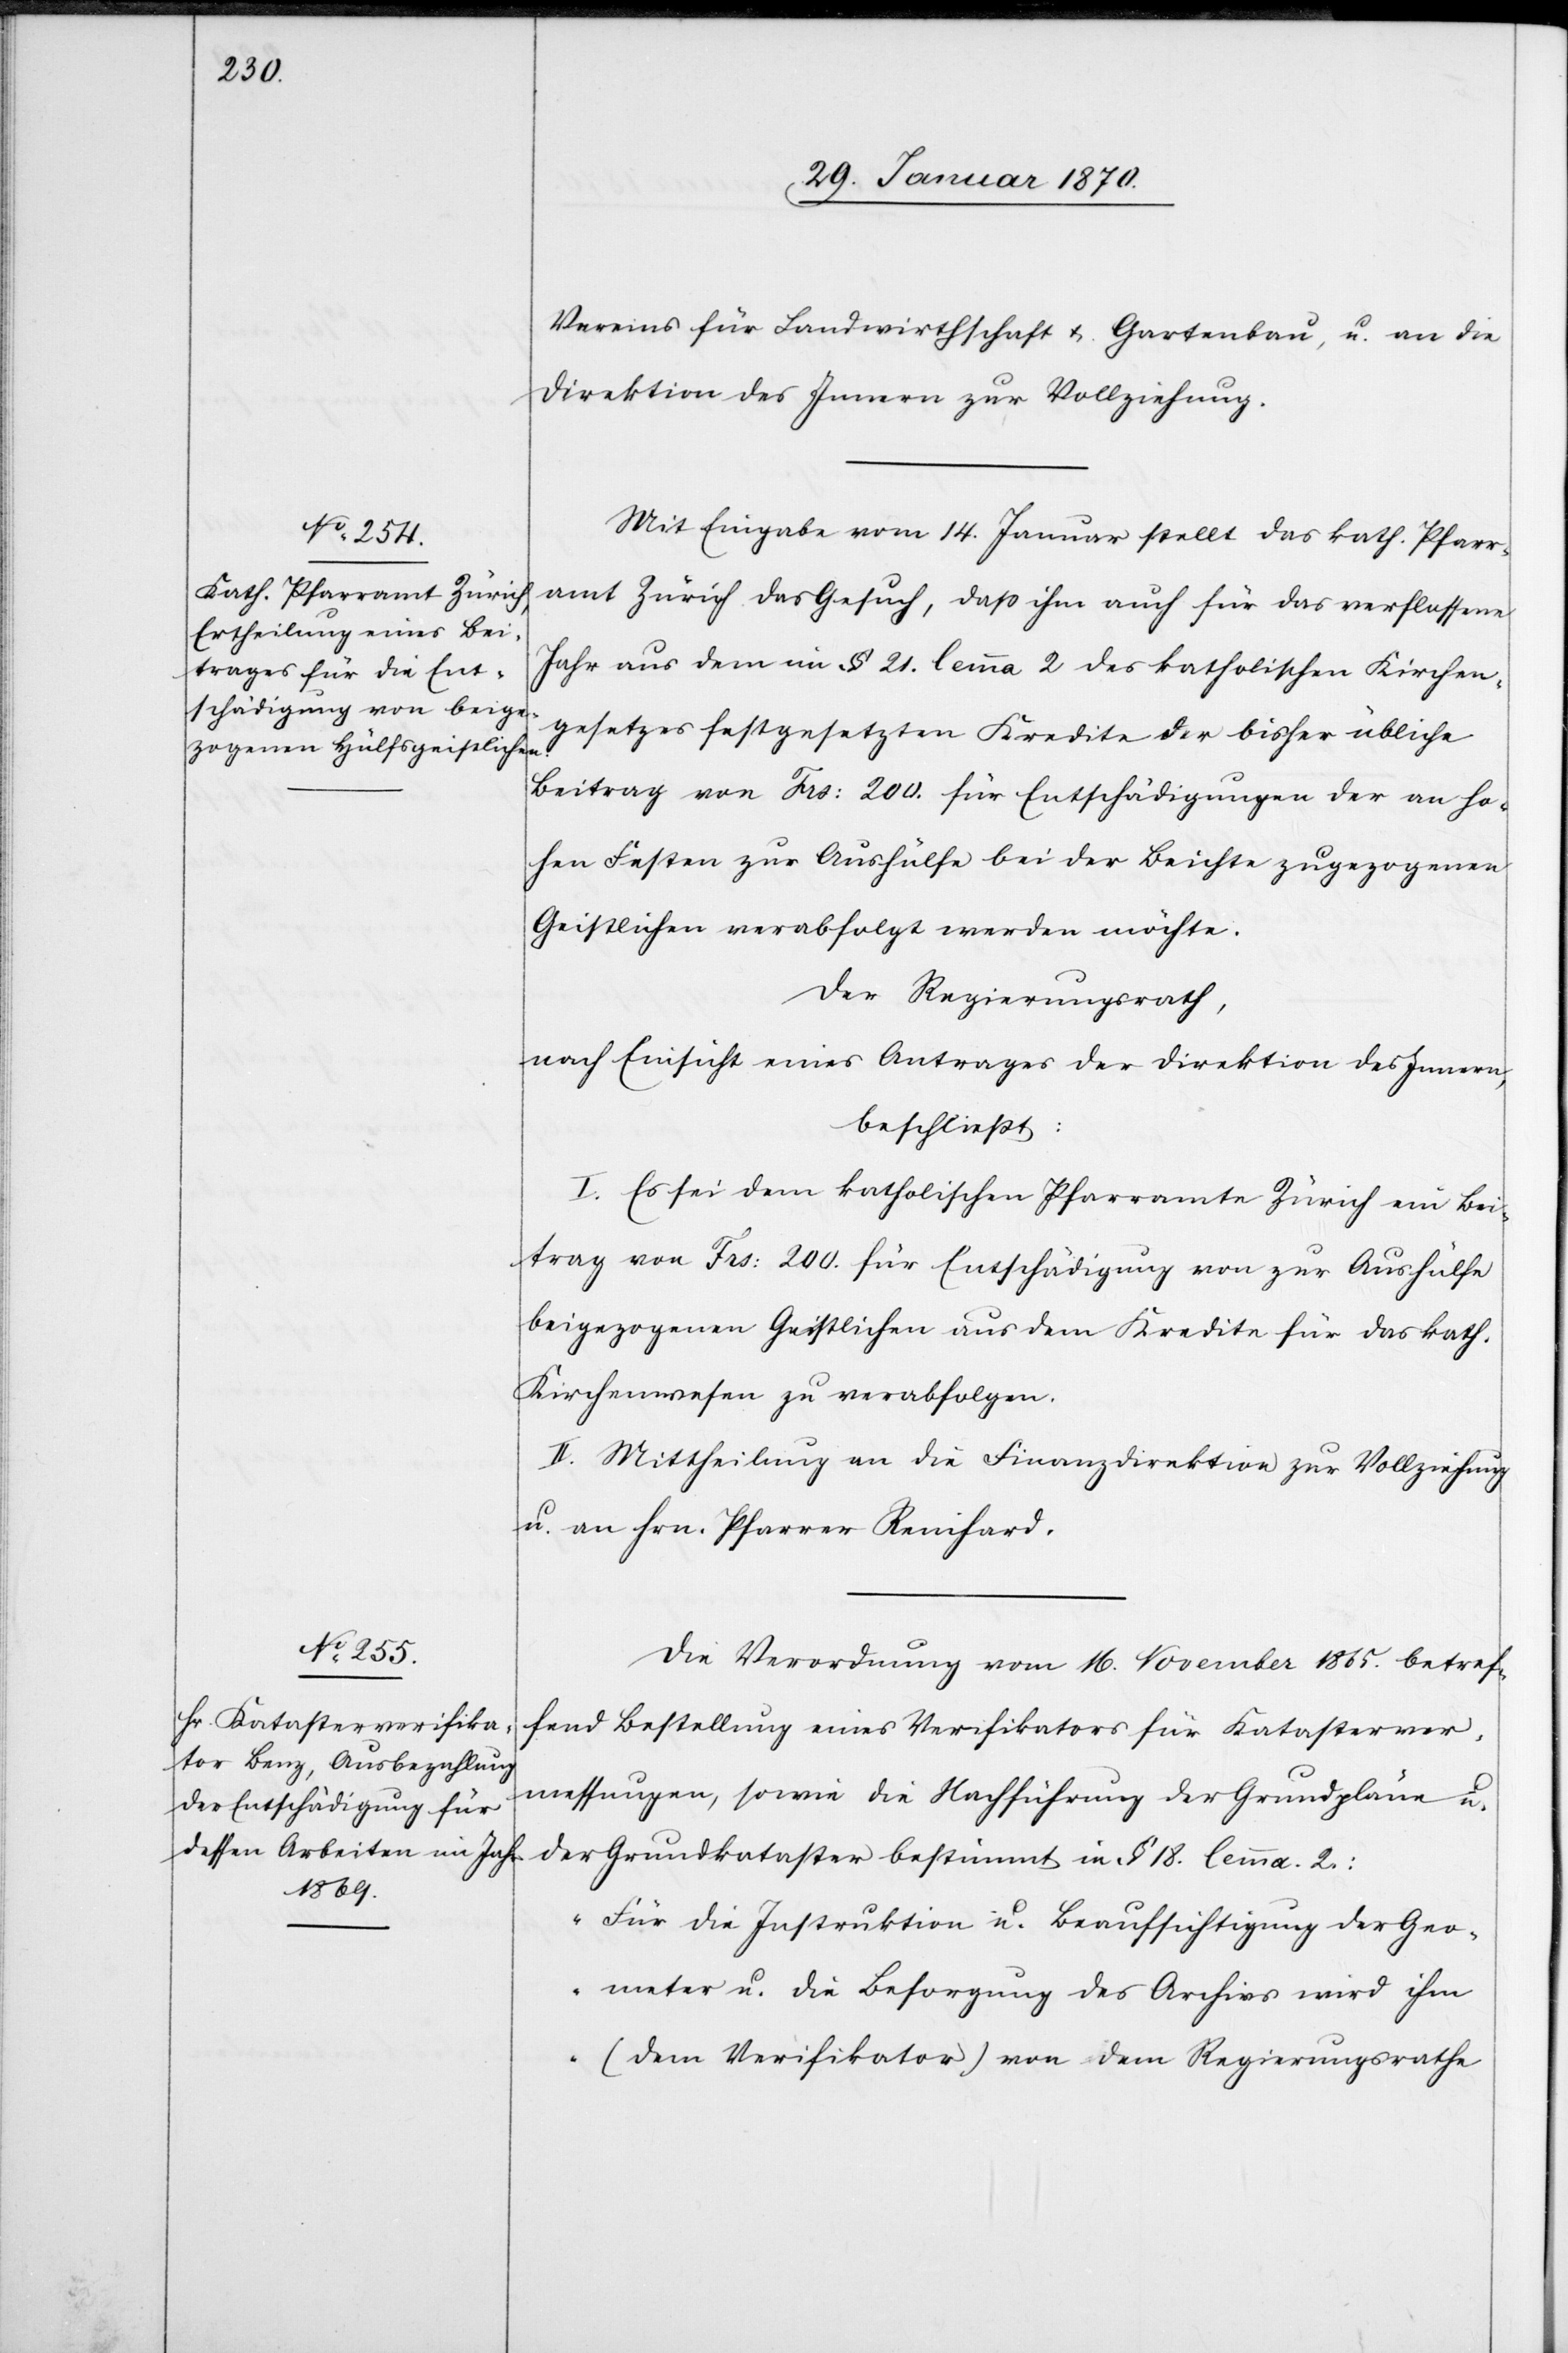
Vereins für Landwirthschaft u. Gartenbau, u. an die
Direktion des Innern zu Vollziehung.
Mit Eingabe vom 14. Januar stellt das kath. Pfarr¬
amt Zürich das Gesuch, daß ihm auch für das verflossene
Jahr aus dem im § 21. lemma 2 des katholischen Kirchen¬
gesetzes festgesetzten Kredite der bisher übliche
Beitrag von Frs: 200. für Entschädigungen der an ho¬
hen Festen zur Aushülfe bei der Beichte zugezogenen
Geistlichen verabfolgt werden möchte.
Der Regierungsrath,
nach Einsicht eines Antrages der Direktion des Innern,
beschließt:
I. Es sei dem katholischen Pfarramte Zürich ein Bei¬
trag von Frs: 200. für Entschädigung von zur Aushülfe
beigezogenen Geistlichen aus dem Kredite für das kath.
Kirchenwesen zu verabfolgen.
II. Mittheilung an die Finanzdirektion zur Vollziehung
u. an Hrn. Pfarrer Reinhard.
Die Verordnung vom 16. November 1865. betref¬
fend Bestellung eines Verifikators für Katasterver¬
messungen, sowie die Nachführung der Grundpläne u.
der Grundkataster bestimmt in § 18. lemma 2:
„Für die Instruktion u. Beaufsichtigung der Geo¬
meter u. die Besorgung des Archivs wird ihm
(dem Verifikator) von dem Regierungsrathe